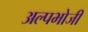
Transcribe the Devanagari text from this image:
अल्पभोजी